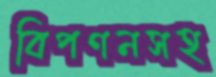
বিপণনসহ